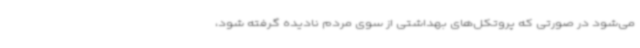
می‌شود در صورتی که پروتکل‌های بهداشتی از سوی مردم نادیده گرفته شود،